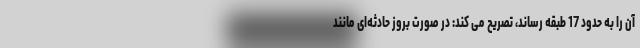
آن را به حدود 17 طبقه رساند، تصریح می کند: در صورت بروز حادثه‌ای مانند